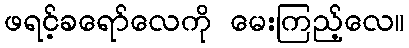
ဖရင့်ခရော်လေကို မေးကြည့်လေ။